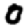
Digit: 0